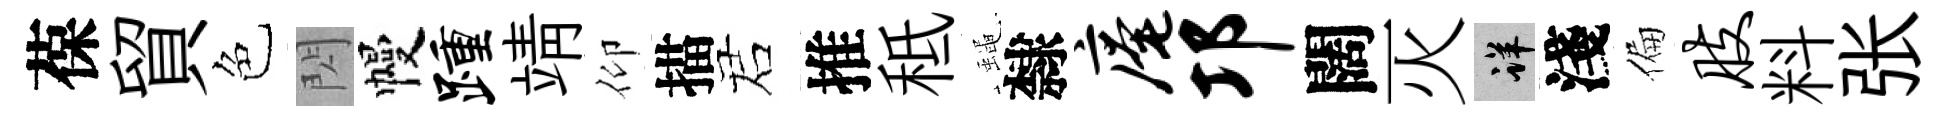
葆貿色閃幔踵靖仰描诺推秪蠅隸庵邛闊灭详淺偏肢料张